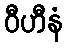
ဝီဟီနံ